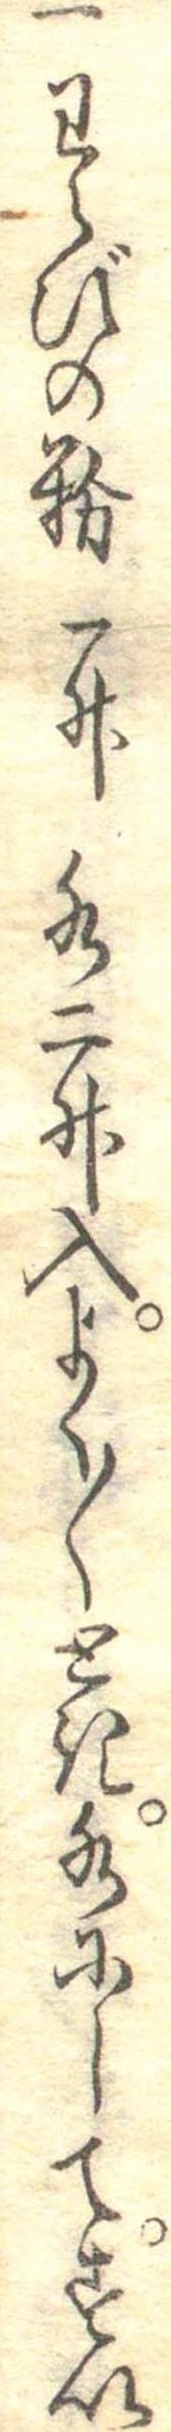
一わらびの粉一升水二升入よく〱とき水にしてすい